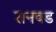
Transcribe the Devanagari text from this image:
रानवड